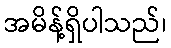
အမိန့်ရှိပါသည်၊